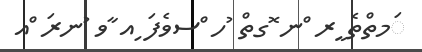
ަމތްތެ ީރ ްނ ޮގތް ުހ ްސވެފަ ިއ ާވ ުނރަ ްއ